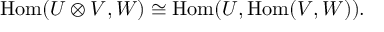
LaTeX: \mathrm { H o m } ( U \otimes V , W ) \cong \mathrm { H o m } ( U , \mathrm { H o m } ( V , W ) ) .